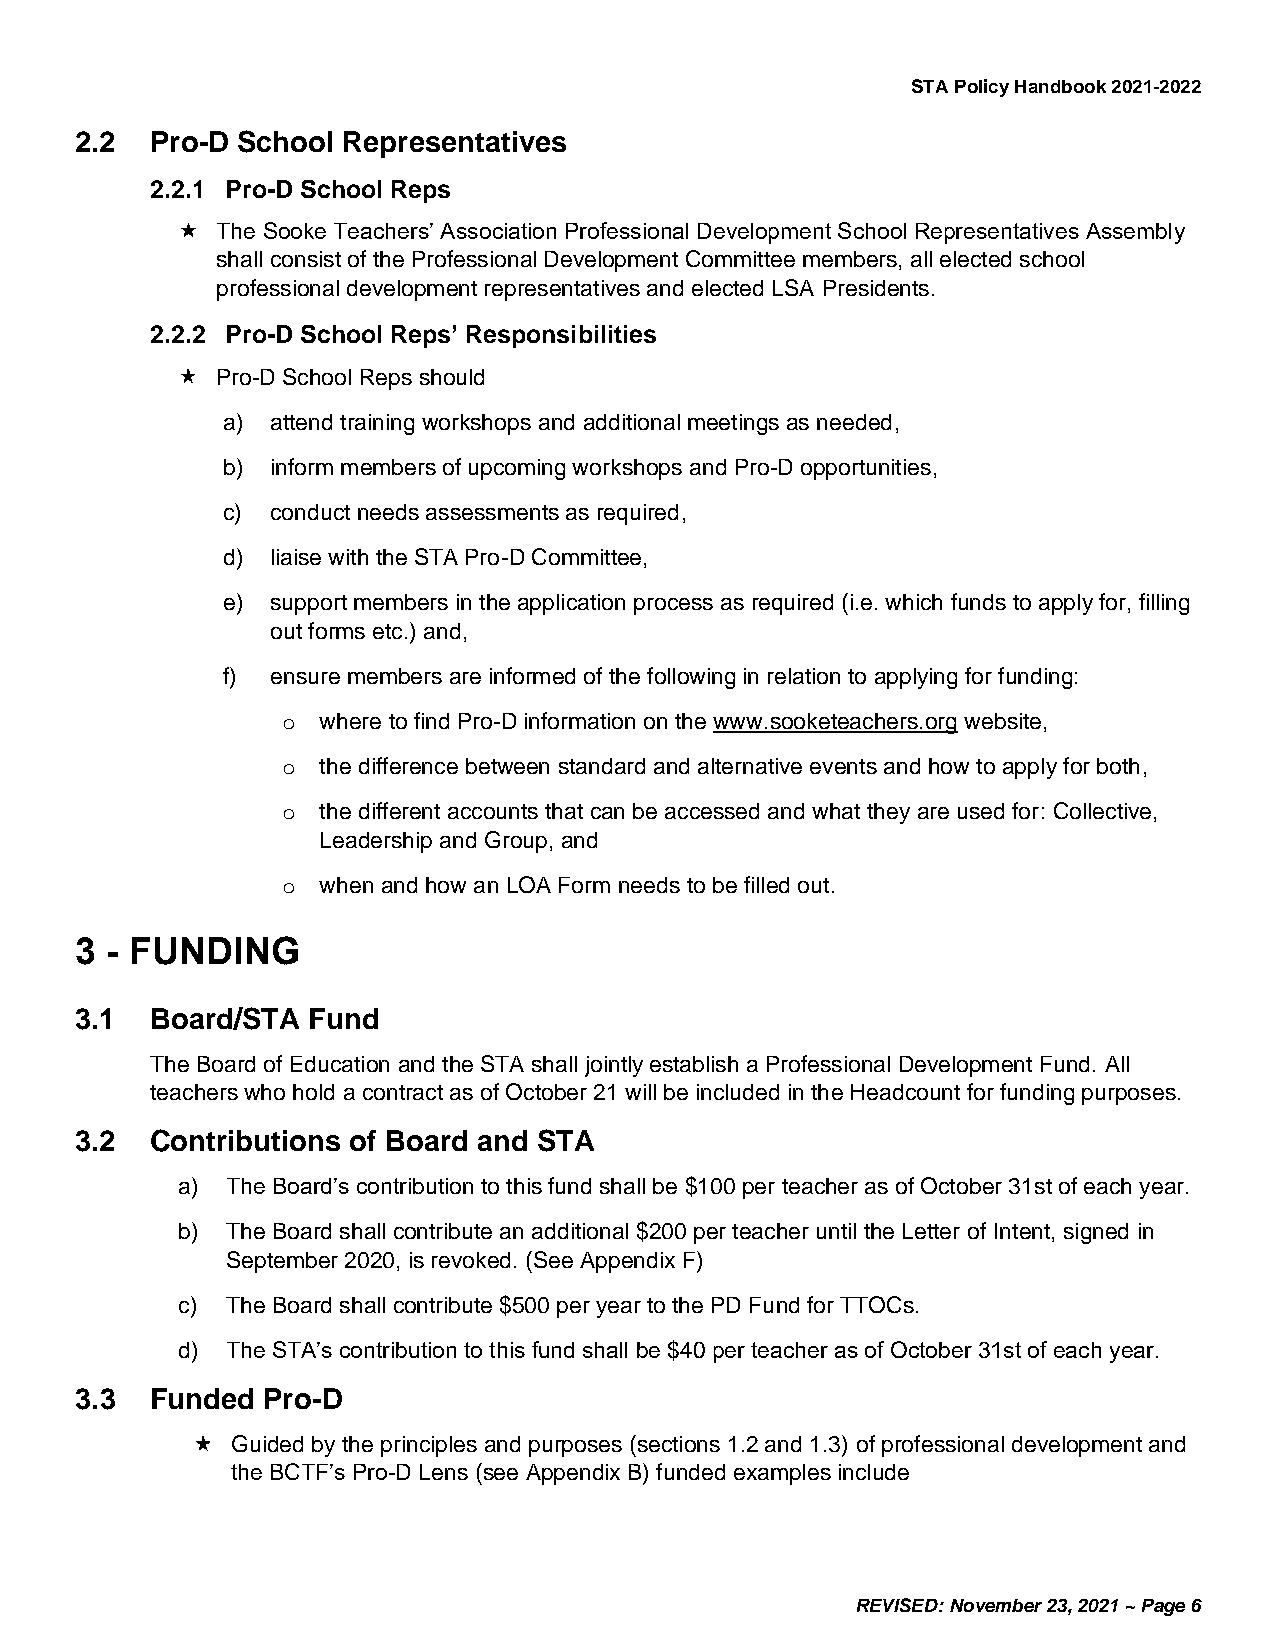
STA Policy Handbook 2021-2022
 2.2  Pro-D School Representatives
 2.2.1 Pro-D School Reps
 The Sooke Teachers’ Association Professional Development School Representatives Assembly
 shall consist of the Professional Development Committee members, all elected school
 professional development representatives and elected LSA Presidents.
 2.2.2 Pro-D School Reps’ Responsibilities
 Pro-D School Reps should
 a) attend training workshops and additional meetings as needed,
 b) inform members of upcoming workshops and Pro-D opportunities,
 c) conduct needs assessments as required,
 d) liaise with the STA Pro-D Committee,
 e) support members in the application process as required (i.e. which funds to apply for, filling
 out forms etc.) and,
 f) ensure members are informed of the following in relation to applying for funding:
 o where to find Pro-D information on the www.sooketeachers.org website,
 o the difference between standard and alternative events and how to apply for both,
 o the different accounts that can be accessed and what they are used for: Collective,
 Leadership and Group, and
 o when and how an LOA Form needs to be filled out.
 3 - FUNDING
 3.1  Board/STA Fund
 The Board of Education and the STA shall jointly establish a Professional Development Fund. All
 teachers who hold a contract as of October 21 will be included in the Headcount for funding purposes.
 3.2  Contributions of Board and STA
 a) The Board’s contribution to this fund shall be $100 per teacher as of October 31st of each year.
 b) The Board shall contribute an additional $200 per teacher until the Letter of Intent, signed in
 September 2020, is revoked. (See Appendix F)
 c) The Board shall contribute $500 per year to the PD Fund for TTOCs.
 d) The STA’s contribution to this fund shall be $40 per teacher as of October 31st of each year.
 3.3  Funded Pro-D
 Guided by the principles and purposes (sections 1.2 and 1.3) of professional development and
 the BCTF’s Pro-D Lens (see Appendix B) funded examples include
 REVISED: November 23, 2021 ~ Page 6